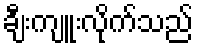
ချီးကျူးလိုက်သည်